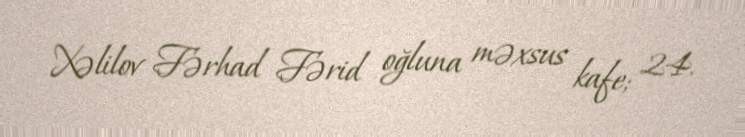
Xəlilov Fərhad Fərid oğluna məxsus kafe; 24.